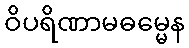
ဝိပရိဏာမဓမ္မေန